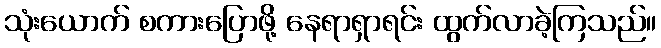
သုံးယောက် စကားပြောဖို့ နေရာရှာရင်း ထွက်လာခဲ့ကြသည်။